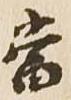
当